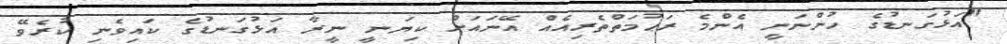
"އަޅުގަނޑުގެ ހުންނަނީ އެންމެ ރަޙުމަތްތެރިއެއް އޭނައަށް ކިޔަނީ ނީރާ އަޅުގަނޑުގެ ކައިވެނި ކުރެވޭ